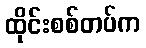
ထိုင်းစစ်တပ်က